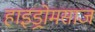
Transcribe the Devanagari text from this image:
हाइड्रोमसाज